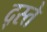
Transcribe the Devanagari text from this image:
द्स्ते